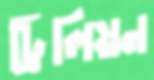
ট্রিলিয়ন